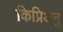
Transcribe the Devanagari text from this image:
किप्रिअनु